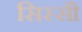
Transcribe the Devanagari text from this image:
सिस्सी